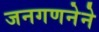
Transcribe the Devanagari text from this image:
जनगणनेने